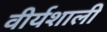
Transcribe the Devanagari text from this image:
वीर्यशाली